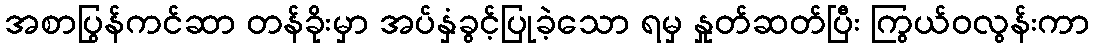
အစာပြွန်ကင်ဆာ တန်ခိုးမှာ အပ်နှံခွင့်ပြုခဲ့သော ရမှ နှုတ်ဆတ်ပြီး ကြွယ်ဝလွန်းကာ